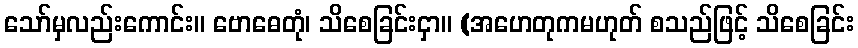
သော်မှလည်းကောင်း။ ဗောဓေတုံ၊ သိစေခြင်းငှာ။ (အဟေတုကမဟုတ် စသည်ဖြင့် သိစေခြင်း